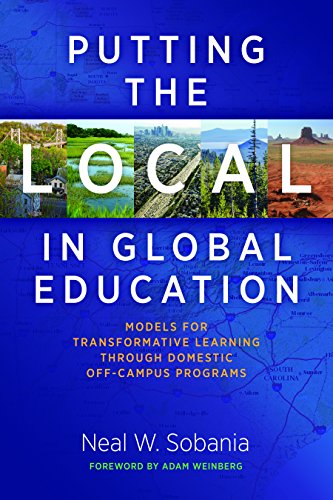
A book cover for Putting the Local in Global Education: Models for Transformative Learning Through Domestic Off-Campus Programs; Education & Teaching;